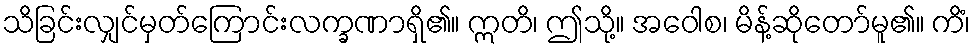
သိခြင်းလျှင်မှတ်ကြောင်းလက္ခဏာရှိ၏။ ဣတိ၊ ဤသို့။ အဝေါစ၊ မိန့်ဆိုတော်မူ၏။ ကိံ၊